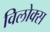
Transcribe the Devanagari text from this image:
विलोक्स